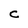
Character: c